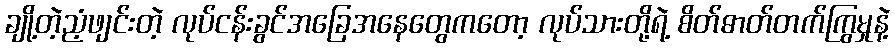
ချို့တဲ့ညံ့ဖျင်းတဲ့ လုပ်ငန်းခွင်အခြေအနေတွေကတော့ လုပ်သားတို့ရဲ့ စိတ်ဓာတ်တက်ကြွမှုနဲ့